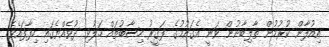
އިއުލާން ކުރުމުން ތާލިބާނުން ވަނީ އެގައުމުގެ ފަގީރު ހިސާބުތައް ހަލުވި ދުވެއްޔެގައި ހިފާފައެވެ.